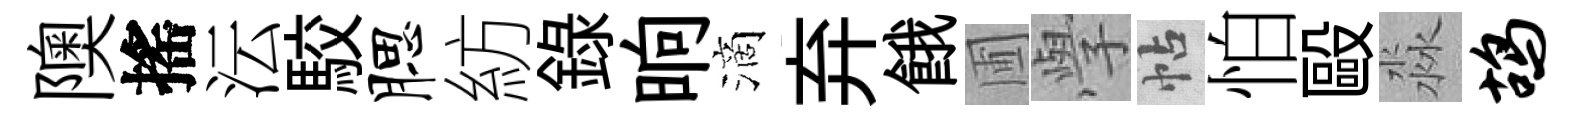
隩搖沄駮腮紡錄晌滴弃餓圃𭓕帖怕毆淼鸪